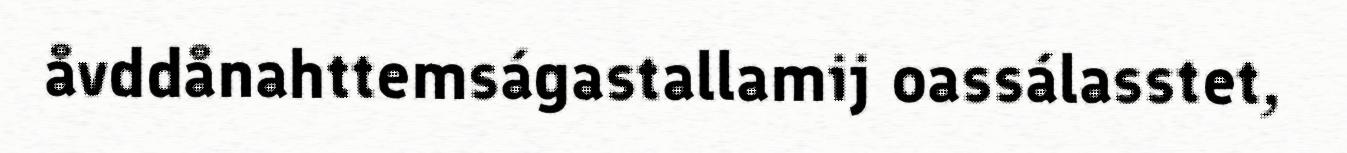
åvddånahttemságastallamij oassálasstet,